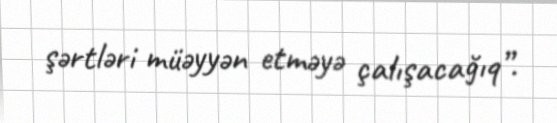
şərtləri müəyyən etməyə çalışacağıq”.